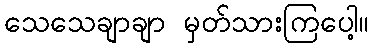
သေသေချာချာ မှတ်သားကြပေါ့။